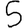
Digit: 5